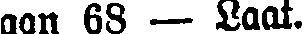
aan 68 — Laat.